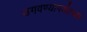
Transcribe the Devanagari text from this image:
उगवण्यापर्यंतच्या